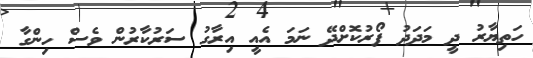
ހަތިޔާރު ދީ މަދަދު ފޯރުކޮށްދޭ ނަމަ އެއީ އިރާގު ސަރުކާރުން ވެސް ހިންގާ